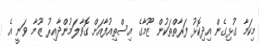
މިކަމާ ގުޅިގެން އިދިކޮޅު ފަރާތްތަކުން ޒޫމާގެ އިސްތިއުފާއަށް ގޮވާލަމުންދާއިރު ޒޫމާ ވަނީ އެ